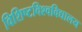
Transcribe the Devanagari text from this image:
विशिष्टविश्वविद्यालय